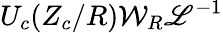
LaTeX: {U_{c}(Z_{c}/R){\mathcal{W}}_{R}}{{\mathscr{L}}}^{-1}